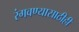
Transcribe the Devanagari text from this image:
रंगवण्यासाठीही